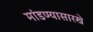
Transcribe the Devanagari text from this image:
मांडण्यासारखे